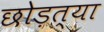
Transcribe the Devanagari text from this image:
छोड़त्या